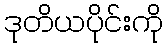
ဒုတိယပိုင်းကို